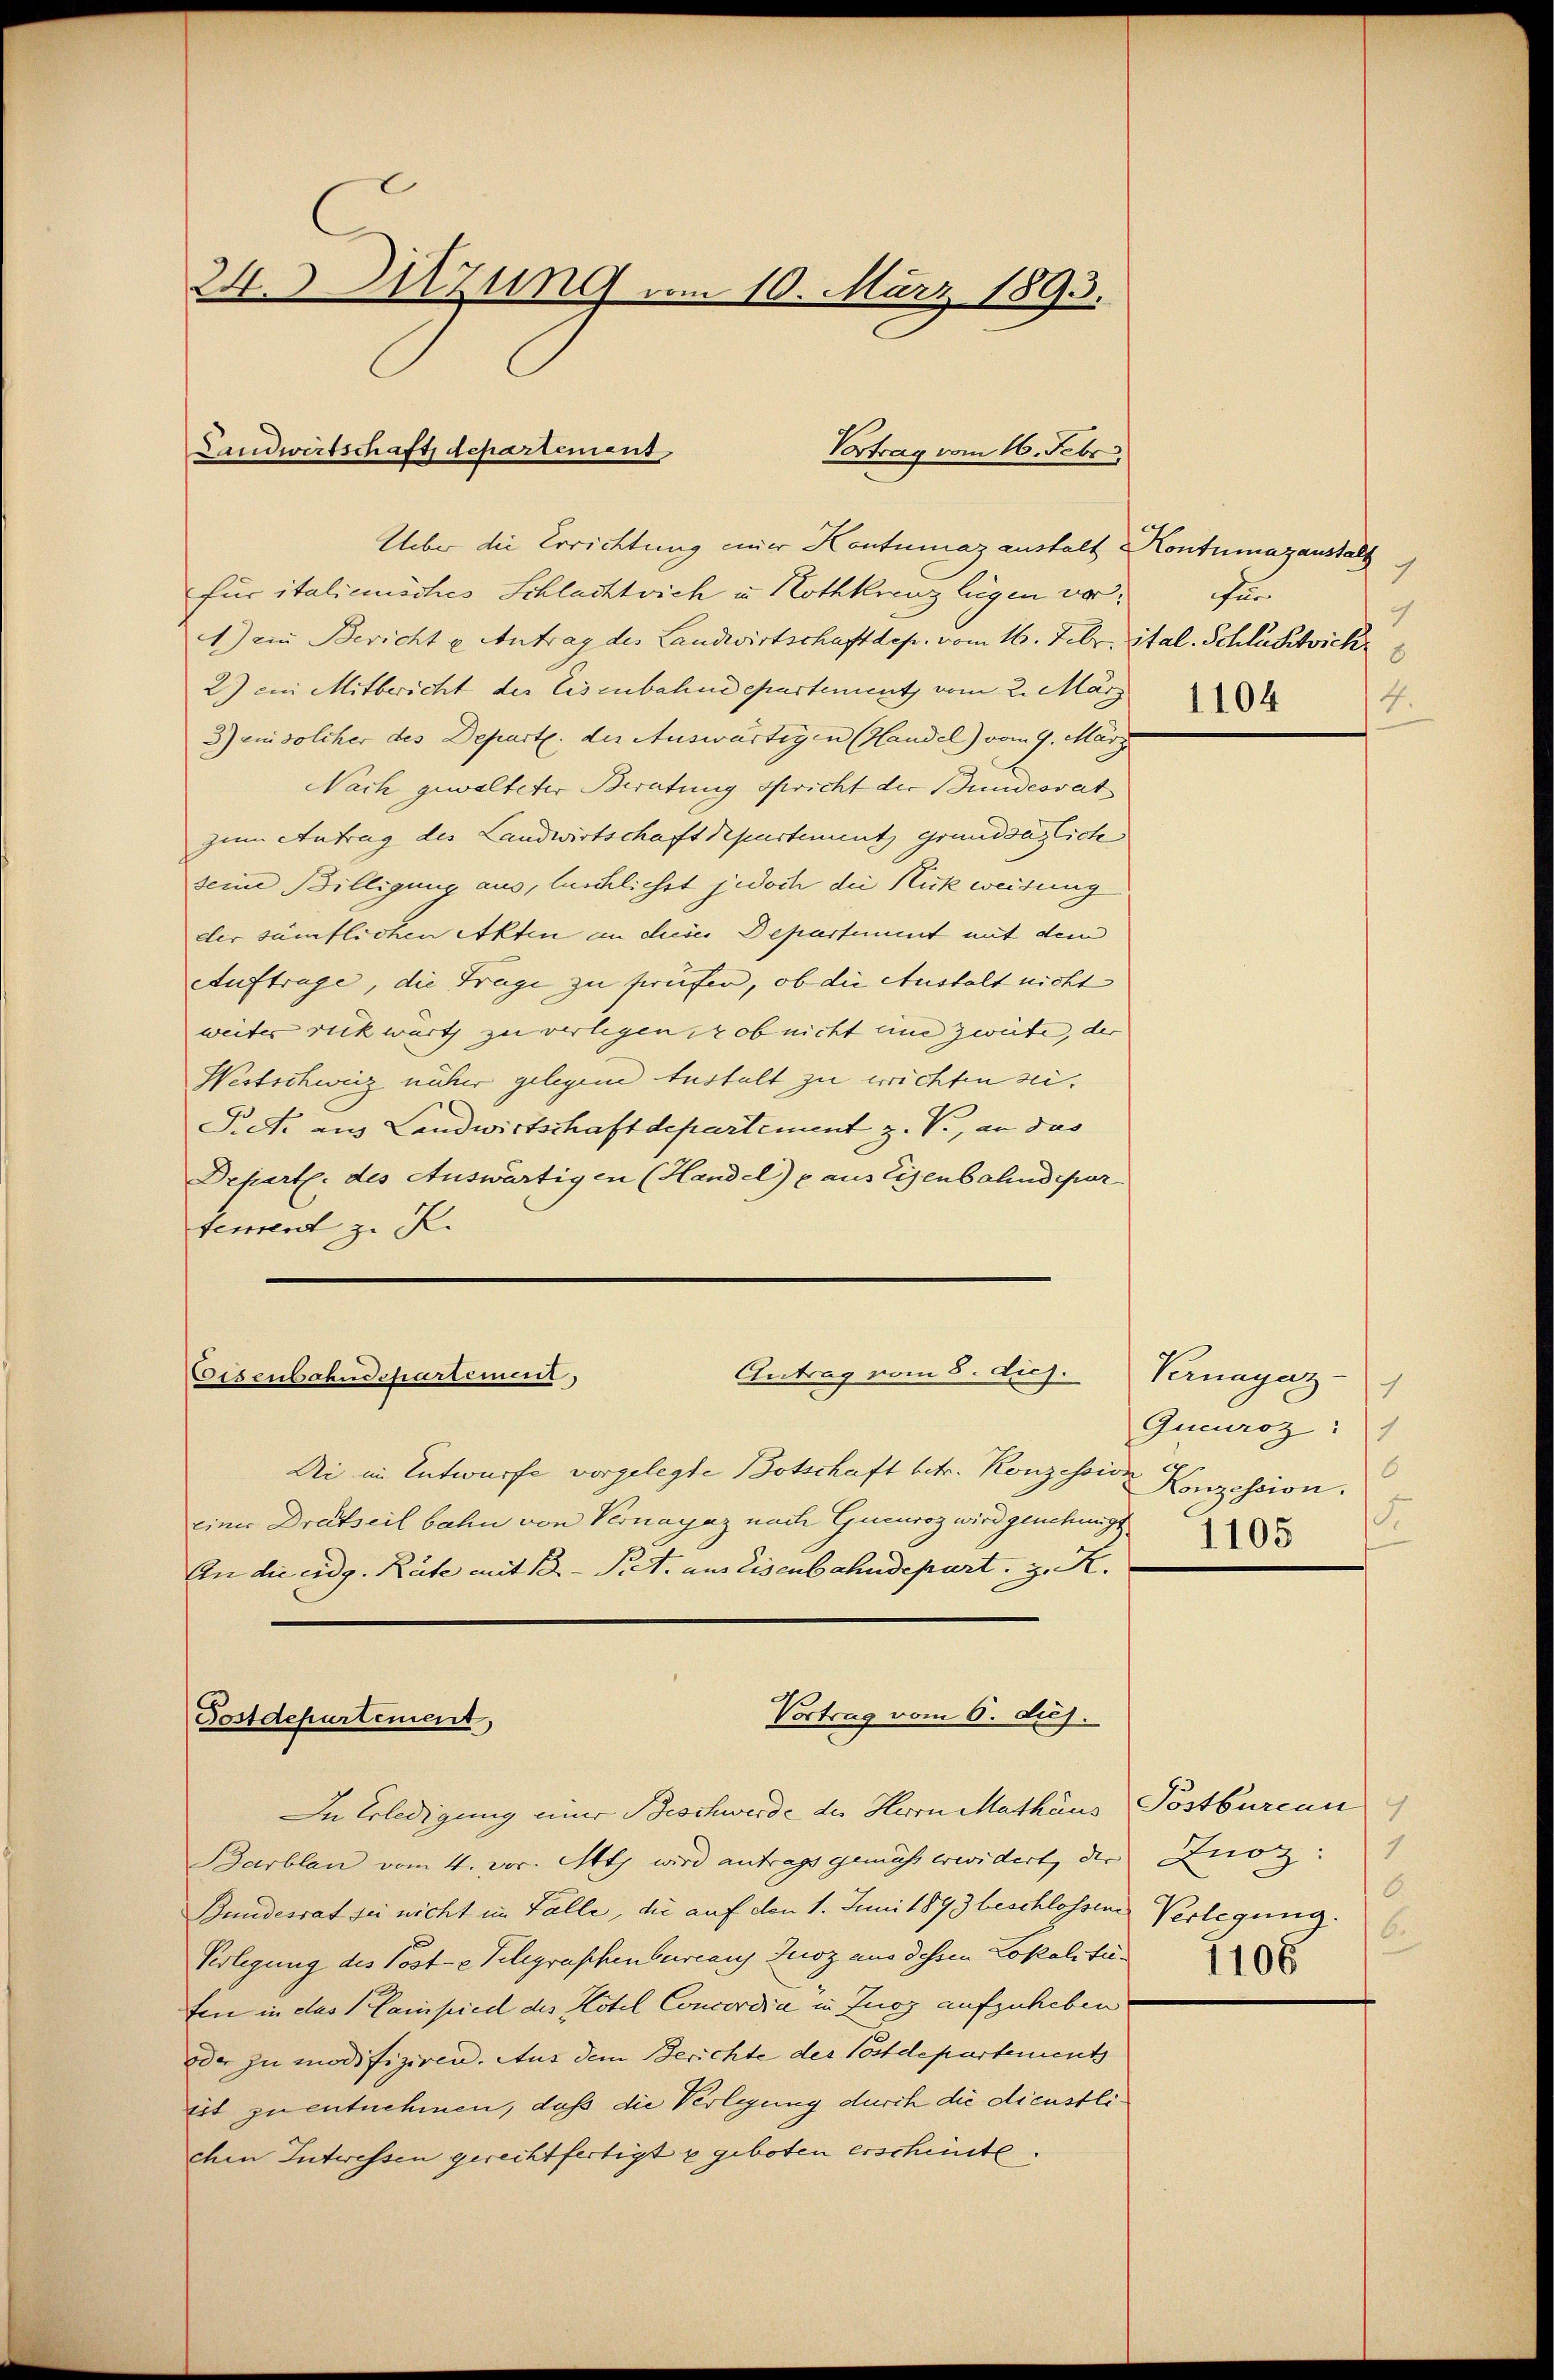
24. Sitzung am 10. März 1893.

Landwirtschaft, departement
Vortrag vom 16. Febr.

Ueber die Errichtung einer Hentumaz anstalt Kontumazanstalt
Für italicisches Schlachtvich u. Rothkreuz lügen vor. Für
1) ein Bericht u Antrag des Landwirtschaft dep. vom 16. Febr. ital. Schlustick
2) ein Mitbericht der Eisenbahndepartement, vom 2. März
3) ein solcher des Depart. der Auswärtigen (Handel) vom 9. März
Nach gewalteter Beratung spricht der Bundesrat
zum Antrag des Landwirtschaft Departement Grunddaglich
seine Billigung aus, leichlichst jedoch die Nukweisung
der sämtlichen Akten an dieses Departement mit dem
Auftrage, die Frage zu streifen, ob die Austalt nicht
weiter rick warts zu verlegen, ob nicht eine zweite, der
Westschweiz näher gelegene Anstalt zu errichten sei.
Pick aus Landwirtschaft departement z. V., an das
Departl. des Auswärtigen (Handel) aus Eisenbahndepar
tement z. K.

Antrag vom 8. dich.
Eisenbahnschartement,

Vortrag vom 6. huj.
Postdepartement,

Di im Entwurfe vorgelegte Botschaft betr. Konzession Konzession.
einer Drittseil bahn von Vernayaz nach Gueuroz wird genehmigt
An die eidg. Räte mit B. Piet. aus Eisenbahndepart, z. R.

7
8
4.
1104

In Erledigung einer Beschwerde des Herrn Mathäus Postburcan
Barblan vom 4. pr. Mts wird antrags gemäss erwidert, der
Bundesrat sei nicht im Falle, die auf den 1. Juni 1893 beschlossene
Verlegung des Poste Telegraphenbureaus Zusz aus dessen Lokalitäfen in das Campied des Hotel Concordia in Zug aufzuheben
dder zu modifiziren. Aus dem Berichte des Postdepartements
ist zu entnehmen, daß die Verlegung durch die dienstlichen Interessen gerechtfertigt u geboten erscheinte.

Pernagezz
Queuroz:)
d
1105

Knoz:
.
Verlegung.
6
1105